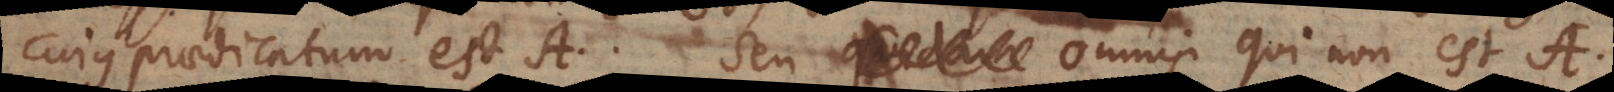
cujus praedicatum est A, seu quidam omnis qui non est A.